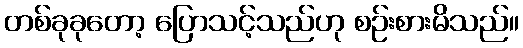
တစ်ခုခုတော့ ပြောသင့်သည်ဟု စဉ်းစားမိသည်။